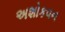
અશોકવન